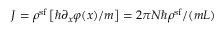
J = \rho ^ { \mathrm { s f } } \left[ \hbar \partial _ { x } \varphi ( x ) / m \right] = 2 \pi N \hbar \rho ^ { \mathrm { s f } } / ( m L )